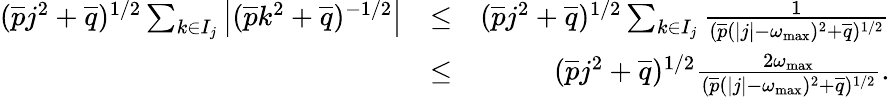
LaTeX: \begin{array}{rlr}{(\overline{{p}}j^{2}+\overline{{q}})^{1/2}\sum_{k\in I_{j}}\left|(\overline{{p}}k^{2}+\overline{{q}})^{-1/2}\right|}&{\leq}&{(\overline{{p}}j^{2}+\overline{{q}})^{1/2}\sum_{k\in I_{j}}\frac{1}{(\overline{{p}}(|j|-\omega_{\operatorname*{max}})^{2}+\overline{{q}})^{1/2}}}\\ &{\leq}&{(\overline{{p}}j^{2}+\overline{{q}})^{1/2}\frac{2\omega_{\operatorname*{max}}}{(\overline{{p}}(|j|-\omega_{\operatorname*{max}})^{2}+\overline{{q}})^{1/2}}.}\end{array}